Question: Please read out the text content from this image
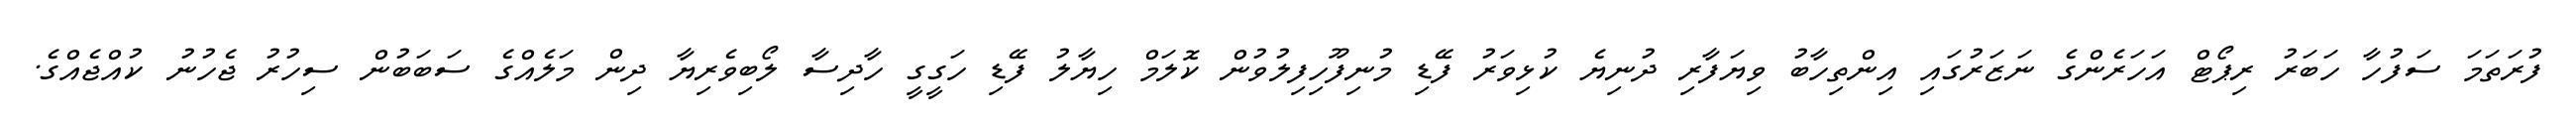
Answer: ފުރަތަމަ ސަފުހާ ހަބަރު ރިޕޯޓް އަހަރެންގެ ނަޒަރުގައި އިންތިހާބު ވިޔަފާރި ދުނިޔެ ކުޅިވަރު ފޭޑި މުނިފޫހިފިލުވުން ކޮލަމް ހިޔާލު ފޭޑި ހަގީގީ ހާދިސާ ލޯބިވެރިޔާ ދިން މަލެއްގެ ސަބަބުން ސިހުރު ޖެހުނު ކުއްޖެއްގެ.